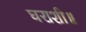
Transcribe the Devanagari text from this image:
घराशी॥